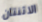
الاثنتان